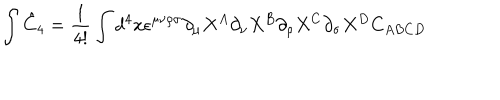
LaTeX: \int \hat { C } _ { 4 } = \frac { 1 } { 4 ! } \int d ^ { 4 } x \epsilon ^ { \mu \nu \rho \sigma } \partial _ { \mu } X ^ { A } \partial _ { \nu } X ^ { B } \partial _ { \rho } X ^ { C } \partial _ { \sigma } X ^ { D } C _ { A B C D }